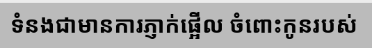
ទំនងជាមានការភ្ញាក់ផ្អើល ចំពោះកូនរបស់